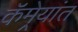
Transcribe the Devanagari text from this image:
कॅमेर्‍यांत